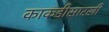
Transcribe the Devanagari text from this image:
काकडीसारखी